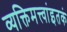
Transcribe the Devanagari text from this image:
व्यक्तिमत्त्वांइतकं